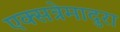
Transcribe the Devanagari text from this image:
एक्सत्रेमादुरा